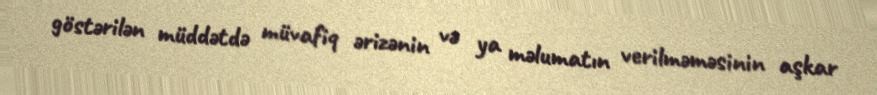
göstərilən müddətdə müvafiq ərizənin və ya məlumatın verilməməsinin aşkar